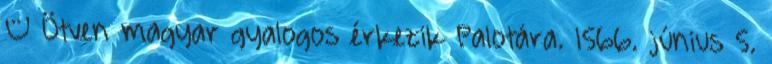
– Ötven magyar gyalogos érkezik Palotára. 1566. június 5.